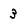
Character: 3